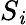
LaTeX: S_{\mathit{i}}